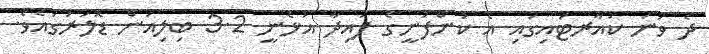
ދެ ވަނަ ކުއާރޓައިގައި އެ ކުންފުނީގެ ފައިދާ އުޅެނީ 3.2 ބިލިއަން ޑޮލަރުގައެވެ.